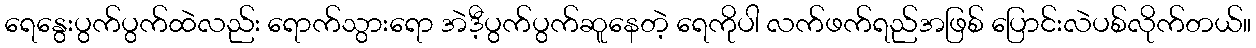
ရေနွေးပွက်ပွက်ထဲလည်း ရောက်သွားရော အဲဒီ့ပွက်ပွက်ဆူနေတဲ့ ရေကိုပါ လက်ဖက်ရည်အဖြစ် ပြောင်းလဲပစ်လိုက်တယ်။